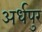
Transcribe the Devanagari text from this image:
अर्धपुर